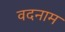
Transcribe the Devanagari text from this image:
वदनाम